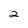
Character: 2